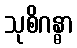
သုစိဂန္ဓာ